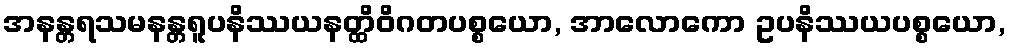
အနန္တရသမနန္တရူပနိဿယနတ္ထိဝိဂတပစ္စယော, အာလောကော ဥပနိဿယပစ္စယော,